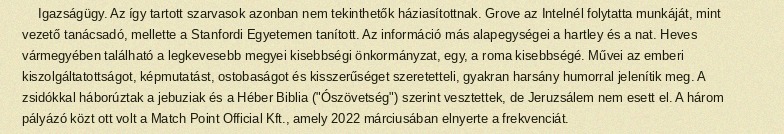
Igazságügy. Az így tartott szarvasok azonban nem tekinthetők háziasítottnak. Grove az Intelnél folytatta munkáját, mint vezető tanácsadó, mellette a Stanfordi Egyetemen tanított. Az információ más alapegységei a hartley és a nat. Heves vármegyében található a legkevesebb megyei kisebbségi önkormányzat, egy, a roma kisebbségé. Művei az emberi kiszolgáltatottságot, képmutatást, ostobaságot és kisszerűséget szeretetteli, gyakran harsány humorral jelenítik meg. A zsidókkal háborúztak a jebuziak és a Héber Biblia ("Ószövetség") szerint vesztettek, de Jeruzsálem nem esett el. A három pályázó közt ott volt a Match Point Official Kft., amely 2022 márciusában elnyerte a frekvenciát.